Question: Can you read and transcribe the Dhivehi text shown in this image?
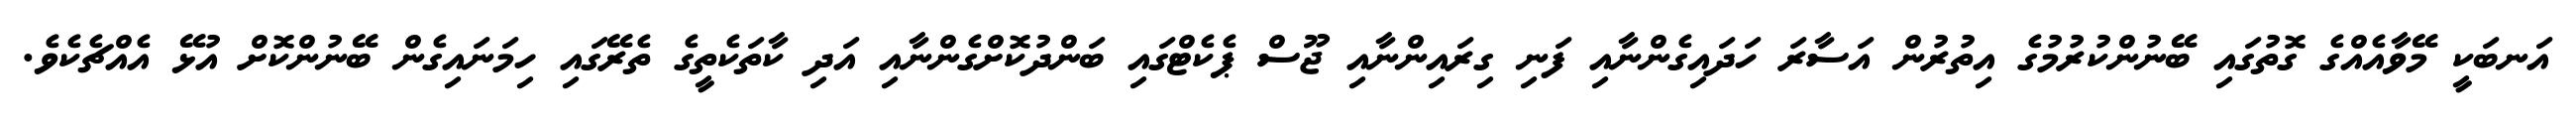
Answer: އަނބަކީ މޭވާއެއްގެ ގޮތުގައި ބޭނުންކުރުމުގެ އިތުރުން އަސާރަ ހަދައިގެންނާއި ފަނި ގިރައިންނާއި ޖޫސް ޕެކެޓްގައި ބަންދުކޮށްގެންނާއި އަދި ކާތަކެތީގެ ތެރޭގައި ހިމަނައިގެން ބޭނުންކޮށް އުޅޭ އެއްޗެކެވެ.